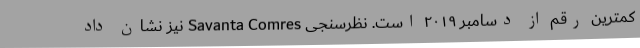
کمترین رقم از دسامبر ۲۰۱۹ است. نظرسنجی Savanta Comres نیز نشان داد